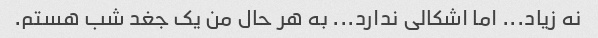
نه زیاد... اما اشکالی ندارد... به هر حال من یک جغد شب هستم.